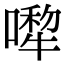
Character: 𠾆